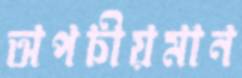
অপচীয়মান